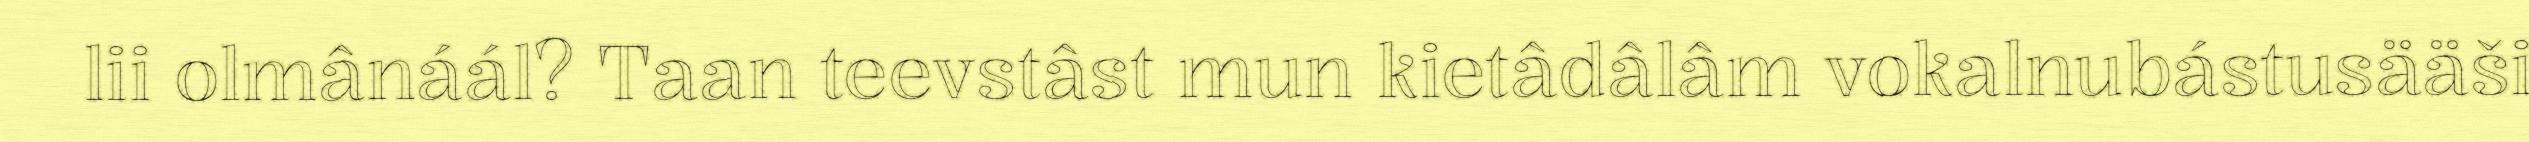
lii olmânáál? Taan teevstâst mun kietâdâlâm vokalnubástusääši